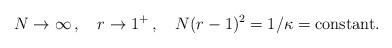
LaTeX: \begin{align*}N\rightarrow\infty\, ,\quad r\rightarrow 1^{+}\, ,\quad N(r-1)^{2} = 1/\kappa = {\rm constant}.\end{align*}